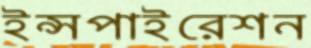
ইন্সপাইরেশন